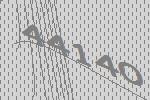
44140